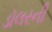
ડૉલરની